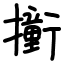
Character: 𫝿